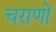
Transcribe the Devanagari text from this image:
चराणों